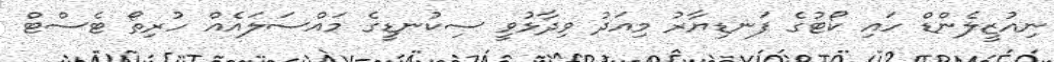
ނިއުޒީލެންޑް ހައި ކޯޓުގެ ފަނޑިޔާރު މިއަދު ވިދާޅުވީ ސިކުނޑީގެ މައްސަލައެއް ހުރިތޯ ޓެސްޓް